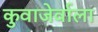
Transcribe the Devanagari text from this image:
कुवाजेर्वाला